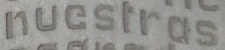
nucsrras